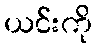
ယင်းကို